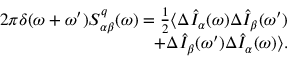
\begin{array} { r } { 2 \pi \delta ( \omega + \omega ^ { \prime } ) S _ { \alpha \beta } ^ { q } ( \omega ) = \frac { 1 } { 2 } \langle \Delta \hat { I } _ { \alpha } ( \omega ) \Delta \hat { I } _ { \beta } ( \omega ^ { \prime } ) } \\ { + \Delta \hat { I } _ { \beta } ( \omega ^ { \prime } ) \Delta \hat { I } _ { \alpha } ( \omega ) \rangle . } \end{array}